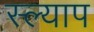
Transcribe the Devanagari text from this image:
स्ल्याप